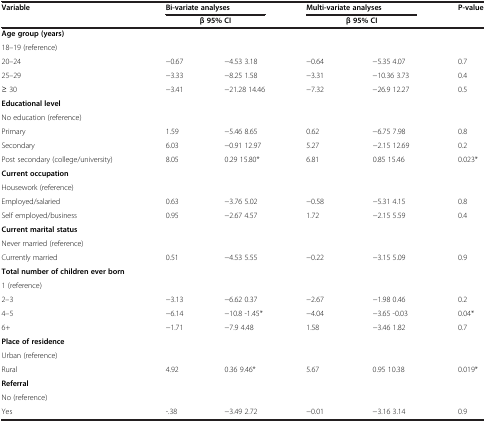
<table><thead><tr><td><b>Variable</b></td><td colspan="2"><b>Bi-variate analyses</b></td><td colspan="2"><b>Multi-variate analyses</b></td><td><b>P-value</b></td></tr><tr><td><b> </b></td><td colspan="2"><b>β 95% CI</b></td><td colspan="2"><b>β 95% CI</b></td><td><b> </b></td></tr></thead><tbody><tr><td><b>Age group (years)</b></td><td> </td><td> </td><td> </td><td> </td><td> </td></tr><tr><td>18–19 (reference)</td><td> </td><td> </td><td> </td><td> </td><td> </td></tr><tr><td>20–24</td><td>−0.67</td><td>−4.53 3.18</td><td>−0.64</td><td>−5.35 4.07</td><td>0.7</td></tr><tr><td>25–29</td><td>−3.33</td><td>−8.25 1.58</td><td>−3.31</td><td>−10.36 3.73</td><td>0.4</td></tr><tr><td>≥ 30</td><td>−3.41</td><td>−21.28 14.46</td><td>−7.32</td><td>−26.9 12.27</td><td>0.5</td></tr><tr><td><b>Educational level</b></td><td> </td><td> </td><td> </td><td> </td><td> </td></tr><tr><td>No education (reference)</td><td> </td><td> </td><td> </td><td> </td><td> </td></tr><tr><td>Primary</td><td>1.59</td><td>−5.46 8.65</td><td>0.62</td><td>−6.75 7.98</td><td>0.8</td></tr><tr><td>Secondary</td><td>6.03</td><td>−0.91 12.97</td><td>5.27</td><td>−2.15 12.69</td><td>0.2</td></tr><tr><td>Post secondary (college/university)</td><td>8.05</td><td>0.29 15.80*</td><td>6.81</td><td>0.85 15.46</td><td>0.023*</td></tr><tr><td><b>Current occupation</b></td><td> </td><td> </td><td> </td><td> </td><td> </td></tr><tr><td>Housework (reference)</td><td> </td><td> </td><td> </td><td> </td><td> </td></tr><tr><td>Employed/salaried</td><td>0.63</td><td>−3.76 5.02</td><td>−0.58</td><td>−5.31 4.15</td><td>0.8</td></tr><tr><td>Self employed/business</td><td>0.95</td><td>−2.67 4.57</td><td>1.72</td><td>−2.15 5.59</td><td>0.4</td></tr><tr><td><b>Current marital status</b></td><td> </td><td> </td><td> </td><td> </td><td> </td></tr><tr><td>Never married (reference)</td><td> </td><td> </td><td> </td><td> </td><td> </td></tr><tr><td>Currently married</td><td>0.51</td><td>−4.53 5.55</td><td>−0.22</td><td>−3.15 5.09</td><td>0.9</td></tr><tr><td><b>Total number of children ever born</b></td><td> </td><td> </td><td> </td><td> </td><td> </td></tr><tr><td>1 (reference)</td><td> </td><td> </td><td> </td><td> </td><td> </td></tr><tr><td>2–3</td><td>−3.13</td><td>−6.62 0.37</td><td>−2.67</td><td>−1.98 0.46</td><td>0.2</td></tr><tr><td>4–5</td><td>−6.14</td><td>−10.8 -1.45*</td><td>−4.04</td><td>−3.65 -0.03</td><td>0.04*</td></tr><tr><td>6+</td><td>−1.71</td><td>−7.9 4.48</td><td>1.58</td><td>−3.46 1.82</td><td>0.7</td></tr><tr><td><b>Place of residence</b></td><td> </td><td> </td><td> </td><td> </td><td> </td></tr><tr><td>Urban (reference)</td><td> </td><td> </td><td> </td><td> </td><td> </td></tr><tr><td>Rural</td><td>4.92</td><td>0.36 9.46*</td><td>5.67</td><td>0.95 10.38</td><td>0.019*</td></tr><tr><td><b>Referral</b></td><td> </td><td> </td><td> </td><td> </td><td> </td></tr><tr><td>No (reference)</td><td> </td><td> </td><td> </td><td> </td><td> </td></tr><tr><td>Yes</td><td>-.38</td><td>−3.49 2.72</td><td>−0.01</td><td>−3.16 3.14</td><td>0.9</td></tr></tbody></table>